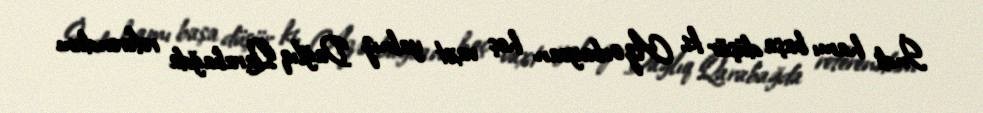
İndi hamı başa düşür ki, Azərbaycan heç vaxt yalnız Dağlıq Qarabağda referendum